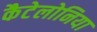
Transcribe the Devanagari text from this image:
कैटेलोनिया